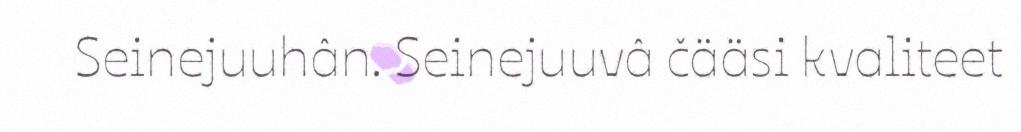
Seinejuuhân. Seinejuuvâ čääsi kvaliteet